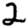
Digit: 2